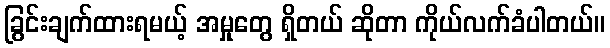
ခြွင်းချက်ထားရမယ့် အမှုတွေ ရှိတယ် ဆိုတာ ကိုယ်လက်ခံပါတယ်။